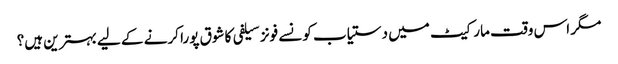
مگر اس وقت مارکیٹ میں دستیاب کونسے فونز سیلفی کا شوق پورا کرنے کے لیے بہترین ہیں؟